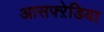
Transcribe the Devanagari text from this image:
आसफ्ऱेडिया